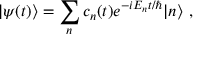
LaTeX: | \psi ( t ) \rangle = \sum _ { n } c _ { n } ( t ) e ^ { - i E _ { n } t / \hbar } | n \rangle ~ ,